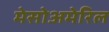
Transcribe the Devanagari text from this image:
मेसोअमेरिल